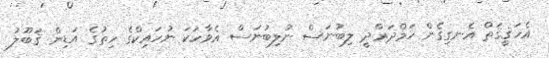
އެހަޤީޤަތް އެނގިގެން ހަމްދަރްދީ ލިބުނަސް ނުލިބުނަސް އެވާހަކަ ނުހައިކްގެ ހިތުގެ އަޑިން ޤަބޫލު